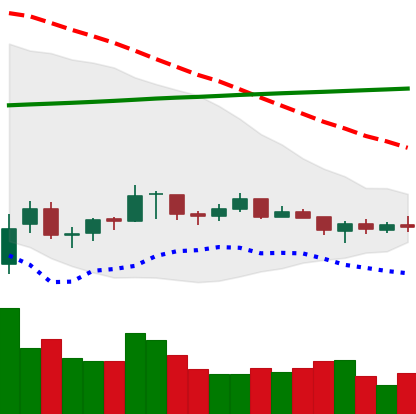
Ticker: XRP-USD
Chart end date: 2021-07-12
Forward return: -7.577%
Label: down_7plus